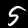
Label: 5